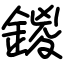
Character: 鍐